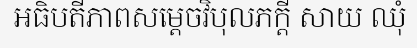
អធិបតីភាពសម្តេចវិបុលភក្តី សាយ ឈុំ